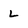
Character: L